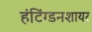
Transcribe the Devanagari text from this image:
हंटिंग्डनशायर